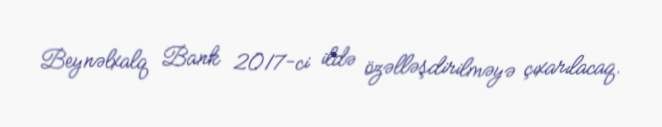
Beynəlxalq Bank 2017-ci ildə özəlləşdirilməyə çıxarılacaq.